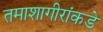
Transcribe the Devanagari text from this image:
तमाशागीरांकडे